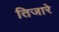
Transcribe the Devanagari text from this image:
तिजारे